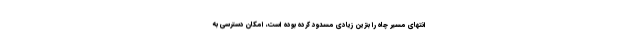
انتهای مسیر چاه را بنزین زیادی مسدود کرده بوده است، امکان دسترسی به